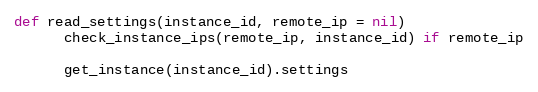
Language: Ruby
def read_settings(instance_id, remote_ip = nil)
      check_instance_ips(remote_ip, instance_id) if remote_ip

      get_instance(instance_id).settings